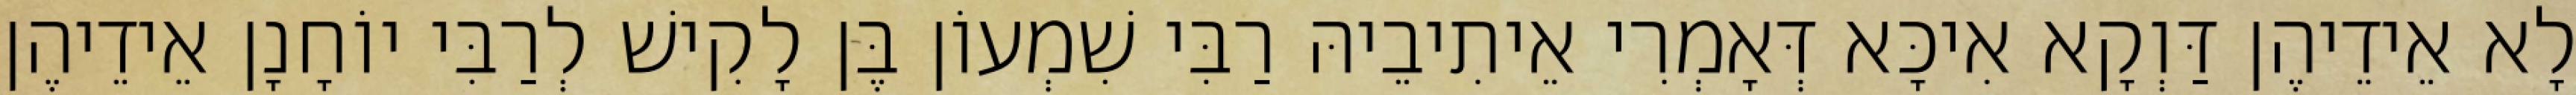
לָא אֵידֵיהֶן דַּוְקָא אִיכָּא דְּאָמְרִי אֵיתִיבֵיהּ רַבִּי שִׁמְעוֹן בֶּן לָקִישׁ לְרַבִּי יוֹחָנָן אֵידֵיהֶן